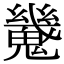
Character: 𩴆